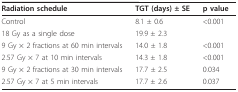
<table><thead><tr><td><b>Radiation schedule</b></td><td><b>TGT (days) ± SE</b></td><td><b>p value</b></td></tr></thead><tbody><tr><td>Control</td><td>8.1 ± 0.6</td><td>&lt;0.001</td></tr><tr><td>18 Gy as a single dose</td><td>19.9 ± 2.3</td><td></td></tr><tr><td>9 Gy× 2 fractions at 60 min intervals</td><td>14.0 ± 1.8</td><td>&lt;0.001</td></tr><tr><td>2.57 Gy×7 at 10 min intervals</td><td>14.3 ± 1.8</td><td>&lt;0.001</td></tr><tr><td>9 Gy× 2 fractions at 30 min intervals</td><td>17.7 ± 2.5</td><td>0.034</td></tr><tr><td>2.57 Gy×7 at 5 min intervals</td><td>17.7 ± 2.6</td><td>0.037</td></tr></tbody></table>